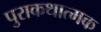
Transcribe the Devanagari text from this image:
पुराकथात्मक